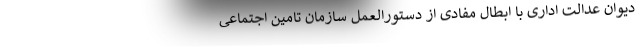
دیوان عدالت اداری با ابطال مفادی از دستورالعمل سازمان تامین اجتماعی